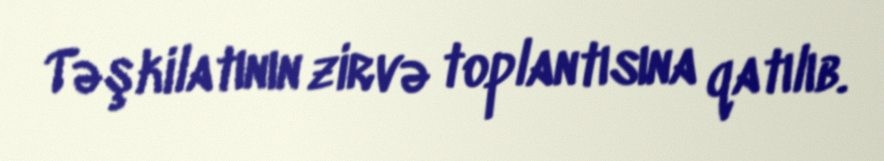
Təşkilatının zirvə toplantısına qatılıb.